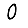
Digit: 0